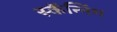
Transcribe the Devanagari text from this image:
स्कॅन्निंग